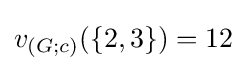
v_{(G;c)}(\{2,3\})=12